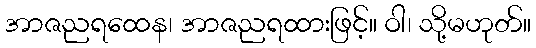
အာဇညရထေန၊ အာဇညရထားဖြင့်။ ဝါ၊ သို့မဟုတ်။